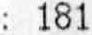
: 181